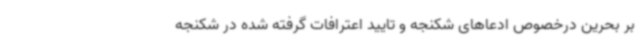
بر بحرین درخصوص ادعاهای شکنجه و تایید اعترافات گرفته شده در شکنجه